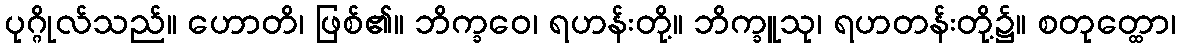
ပုဂ္ဂိုလ်သည်။ ဟောတိ၊ ဖြစ်၏။ ဘိက္ခဝေ၊ ရဟန်းတို့။ ဘိက္ခူသု၊ ရဟတန်းတို့၌။ စတုတ္ထော၊